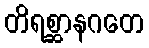
တိရစ္ဆာနဂတေ